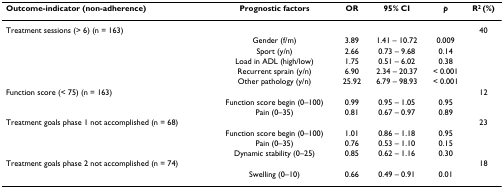
<table><thead><tr><td><b>Outcome-indicator (non-adherence)</b></td><td><b>Prognostic factors</b></td><td><b>OR</b></td><td><b>95% CI</b></td><td><b><i>p</i></b></td><td><b>R<sup>2 </sup>(%)</b></td></tr></thead><tbody><tr><td>Treatment sessions (&gt; 6) (n = 163)</td><td></td><td></td><td></td><td></td><td>40</td></tr><tr><td></td><td>Gender (f/m)</td><td>3.89</td><td>1.41 – 10.72</td><td>0.009</td><td></td></tr><tr><td></td><td>Sport (y/n)</td><td>2.66</td><td>0.73 – 9.68</td><td>0.14</td><td></td></tr><tr><td></td><td>Load in ADL (high/low)</td><td>1.75</td><td>0.51 – 6.02</td><td>0.38</td><td></td></tr><tr><td></td><td>Recurrent sprain (y/n)</td><td>6.90</td><td>2.34 – 20.37</td><td>&lt; 0.001</td><td></td></tr><tr><td></td><td>Other pathology (y/n)</td><td>25.92</td><td>6.79 – 98.93</td><td>&lt; 0.001</td><td></td></tr><tr><td>Function score (&lt; 75) (n = 163)</td><td></td><td></td><td></td><td></td><td>12</td></tr><tr><td></td><td>Function score begin (0–100)</td><td>0.99</td><td>0.95 – 1.05</td><td>0.95</td><td></td></tr><tr><td></td><td>Pain (0–35)</td><td>0.81</td><td>0.67 – 0.97</td><td>0.89</td><td></td></tr><tr><td>Treatment goals phase 1 not accomplished (n = 68)</td><td></td><td></td><td></td><td></td><td>23</td></tr><tr><td></td><td>Function score begin (0–100)</td><td>1.01</td><td>0.86 – 1.18</td><td>0.95</td><td></td></tr><tr><td></td><td>Pain (0–35)</td><td>0.76</td><td>0.53 – 1.10</td><td>0.15</td><td></td></tr><tr><td></td><td>Dynamic stability (0–25)</td><td>0.85</td><td>0.62 – 1.16</td><td>0.30</td><td></td></tr><tr><td>Treatment goals phase 2 not accomplished (n = 74)</td><td></td><td></td><td></td><td></td><td>18</td></tr><tr><td></td><td>Swelling (0–10)</td><td>0.66</td><td>0.49 – 0.91</td><td>0.01</td><td></td></tr></tbody></table>